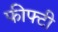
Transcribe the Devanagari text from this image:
फीफ्टी